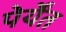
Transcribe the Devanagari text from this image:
पेर्येंत